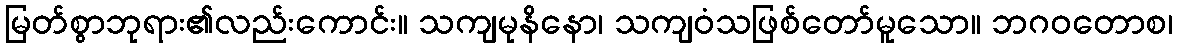
မြတ်စွာဘုရား၏လည်းကောင်း။ သကျမုနိနော၊ သကျဝံသဖြစ်တော်မူသော။ ဘဂဝတောစ၊